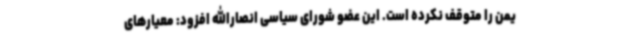
یمن را متوقف نکرده است. این عضو شورای سیاسی انصارالله افزود: معیارهای